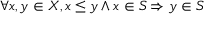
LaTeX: \forall x , y \in X , x \leq y \wedge x \in S \Rightarrow y \in S